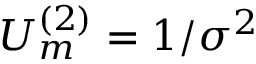
U _ { m } ^ { ( 2 ) } = 1 / \sigma ^ { 2 }